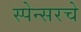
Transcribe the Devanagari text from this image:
स्पेन्सरचे